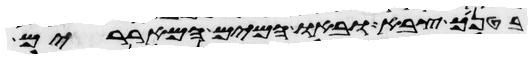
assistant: בטניך צבא ובאו המים המאררים